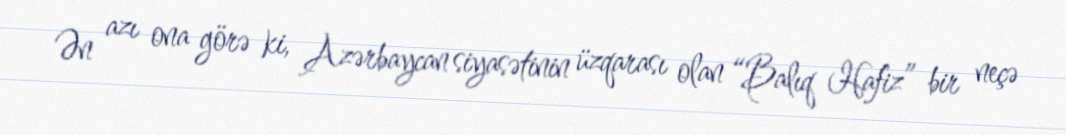
Ən azı ona görə ki, Azərbaycan siyasətinin üzqarası olan “Balıq Hafiz” bir neçə